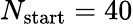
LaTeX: N_{\mathrm{start}}=40